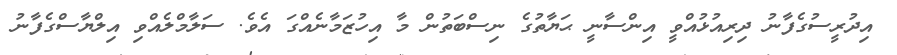
އިދުރީސުގެފާނު ދިރިއުޅުއްވީ އިންސާނީ ޙަޔާތުގެ ނިސްބަތުން މާ އިހުޒަމާނެއްގަ އެވެ. ސަލާމްލެއްވި އިލްޔާސްގެފާނު